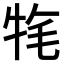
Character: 𤙚